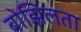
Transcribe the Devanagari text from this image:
बोझिलता